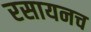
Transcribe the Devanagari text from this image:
रसायनच